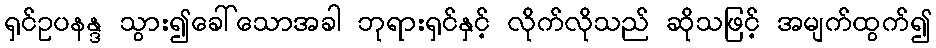
ရှင်ဥပနန္ဒ သွား၍ခေါ်သောအခါ ဘုရားရှင်နှင့် လိုက်လိုသည် ဆိုသဖြင့် အမျက်ထွက်၍